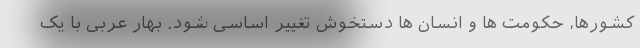
کشورها، حکومت ها و انسان ها دستخوش تغییر اساسی شود. بهار عربی با یک